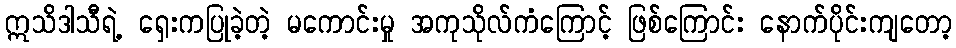
ဣသိဒါသီရဲ့ ရှေးကပြုခဲ့တဲ့ မကောင်းမှု အကုသိုလ်ကံကြောင့် ဖြစ်ကြောင်း နောက်ပိုင်းကျတော့